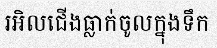
រអិលជើងធ្លាក់ចូលក្នុងទឹក